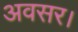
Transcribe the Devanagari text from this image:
अवसर।